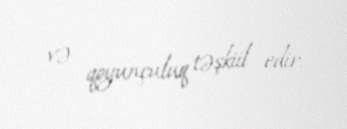
və qoyunçuluq təşkiil edir.